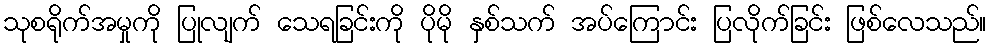
သုစရိုက်အမှုကို ပြုလျက် သေရခြင်းကို ပိုမို နှစ်သက် အပ်ကြောင်း ပြလိုက်ခြင်း ဖြစ်လေသည်။